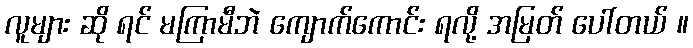
လူများ ဆို ရင် မကြာမီဘဲ ကျောက်ကောင်း ရလို့ အမြတ် ပေါ်တယ် ။